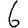
Digit: 6